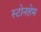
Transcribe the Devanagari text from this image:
स्टोनहेम